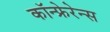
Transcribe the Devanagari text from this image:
कॉन्फ्रेरेन्स